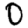
Digit: 0